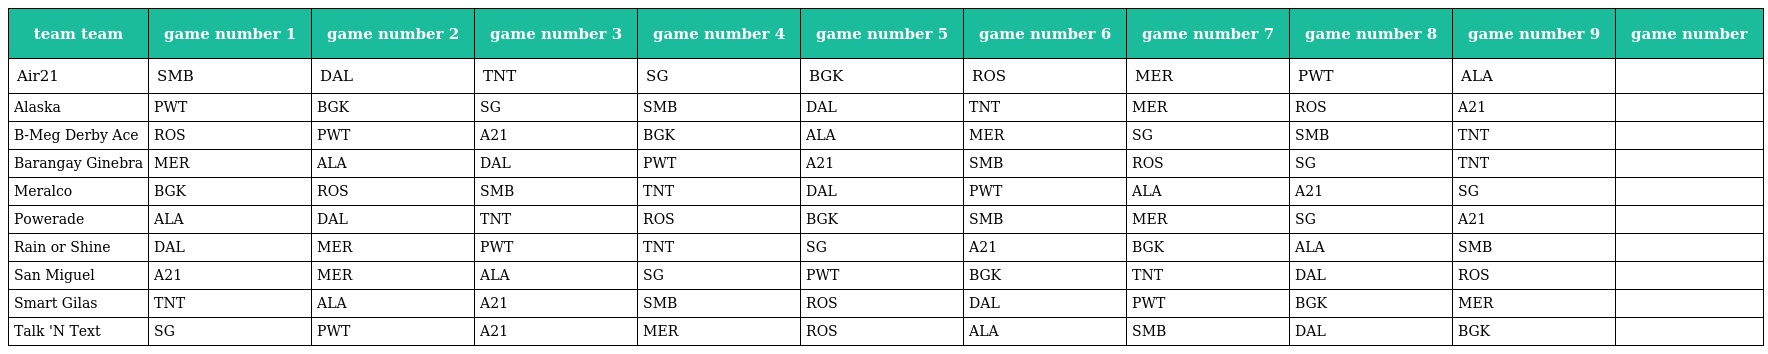
| team team | game number 1 | game number 2 | game number 3 | game number 4 | game number 5 | game number 6 | game number 7 | game number 8 | game number 9 | game number |
 | --- | --- | --- | --- | --- | --- | --- | --- | --- | --- | --- |
 | Air21 | SMB | DAL | TNT | SG | BGK | ROS | MER | PWT | ALA |  |
 | Alaska | PWT | BGK | SG | SMB | DAL | TNT | MER | ROS | A21 |  |
 | B-Meg Derby Ace | ROS | PWT | A21 | BGK | ALA | MER | SG | SMB | TNT |  |
 | Barangay Ginebra | MER | ALA | DAL | PWT | A21 | SMB | ROS | SG | TNT |  |
 | Meralco | BGK | ROS | SMB | TNT | DAL | PWT | ALA | A21 | SG |  |
 | Powerade | ALA | DAL | TNT | ROS | BGK | SMB | MER | SG | A21 |  |
 | Rain or Shine | DAL | MER | PWT | TNT | SG | A21 | BGK | ALA | SMB |  |
 | San Miguel | A21 | MER | ALA | SG | PWT | BGK | TNT | DAL | ROS |  |
 | Smart Gilas | TNT | ALA | A21 | SMB | ROS | DAL | PWT | BGK | MER |  |
 | Talk 'N Text | SG | PWT | A21 | MER | ROS | ALA | SMB | DAL | BGK |  |